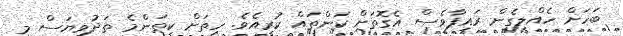
ބަހަށް ހެއްލިގެން ރައިފާވެސް އެގޮތަށް ކަންތައް ކުރީއެވެ. ހިތަށް ކިތަންމެ ތަދުވިޔަސް މި